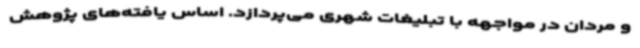
و مردان در مواجهه با تبلیغات شهری می‌پردازد. اساس یافته‌های پژوهش